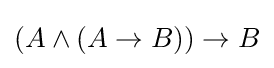
(A\land (A\to B))\to B